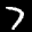
Label: 7